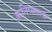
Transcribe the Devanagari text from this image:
कनिष्काला